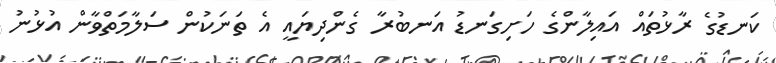
ކަނޑުގެ ރާޅުތައް އައިލާންގެ ހަށިގަނޑު އަނބުރާ ގެންދިޔައީ އެ ތަނަކުން ސަލާމަތްވާން އުޅުނު